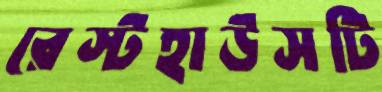
রেস্টহাউসটি